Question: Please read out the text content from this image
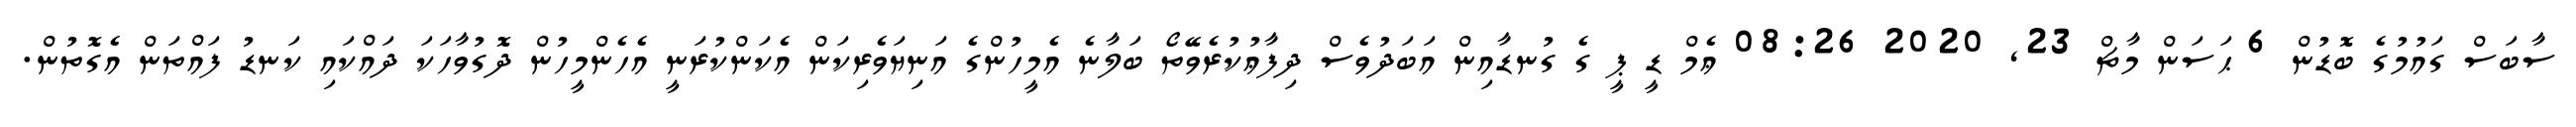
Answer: ސާބަސް ގައުމުގެ ބޮޑުން 6 ޙަސަން މާޗް 23, 2020 08:26 ޢެމް ޑީ ޕީ ގެ ގުނޑާއިން އަބަދުވެސް ދިފާޢުކުރެވޭތޯ ބަލާނެ އެމީހުންގެ އަނިޔަވެރިކަން އެކަންކުރަނީ އެހެންމީހުން ދޮގުވާހަކަ ދައްކައި ކަނޑު ފައްތަން އެގޮތުން.